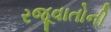
રજૂવાતોની